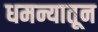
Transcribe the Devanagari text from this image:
धमन्यातून